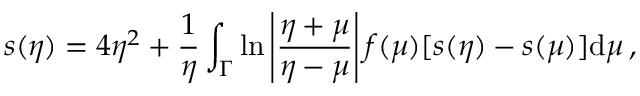
s ( \eta ) = 4 \eta ^ { 2 } + \frac { 1 } { \eta } \int _ { \Gamma } \ln \left| \frac { \eta + \mu } { \eta - \mu } \right| f ( \mu ) [ s ( \eta ) - s ( \mu ) ] \mathrm { d } \mu \, ,